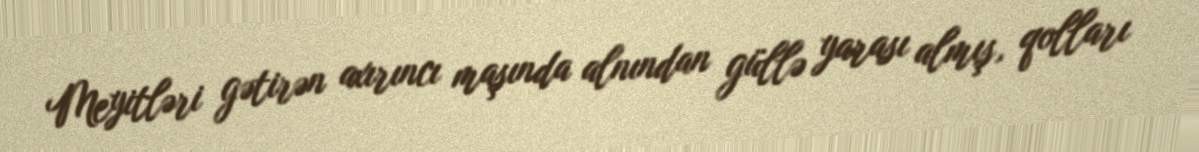
Meyitləri gətirən axırıncı maşında alnından güllə yarası almış, qolları